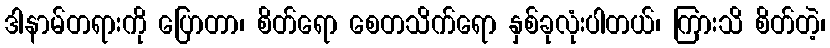
ဒါနာမ်တရားကို ပြောတာ၊ စိတ်ရော စေတသိက်ရော နှစ်ခုလုံးပါတယ်၊ ကြားသိ စိတ်တဲ့၊